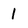
Character: 1